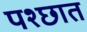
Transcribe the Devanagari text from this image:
पश्छात